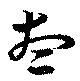
想